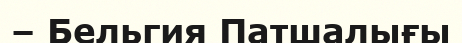
– Бельгия Патшалығы